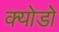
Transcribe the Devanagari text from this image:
क्योडो